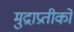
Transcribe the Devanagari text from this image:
मुद्राप्रतीकों